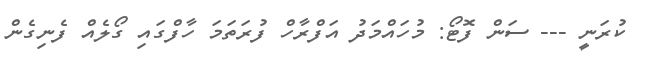
ކުރަނީ --- ސަން ފޮޓޯ: މުހައްމަދު އަފްރާހް ފުރަތަމަ ހާފްގައި ގޯލެއް ފެނިގެން